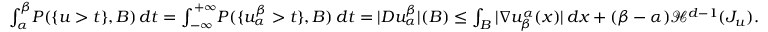
\begin{array} { r } { \int _ { \alpha } ^ { \beta } \! P ( \{ u > t \} , B ) \, d t = \int _ { - \infty } ^ { + \infty } \! P ( \{ u _ { \alpha } ^ { \beta } > t \} , B ) \, d t = | D u _ { \alpha } ^ { \beta } | ( B ) \leq \int _ { B } | \nabla u _ { \beta } ^ { \alpha } ( x ) | \, d x + ( \beta - \alpha ) \mathcal { H } ^ { d - 1 } ( J _ { u } ) . } \end{array}